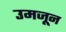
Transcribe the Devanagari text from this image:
उमजून